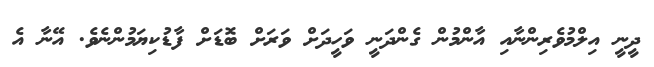
ދީނީ އިލްމުވެރިންނާއި އާންމުން ގެންދަނީ ވަހީދަށް ވަރަށް ބޮޑަށް ފާޑުކިޔަމުންނެވެ. އޭނާ އެ